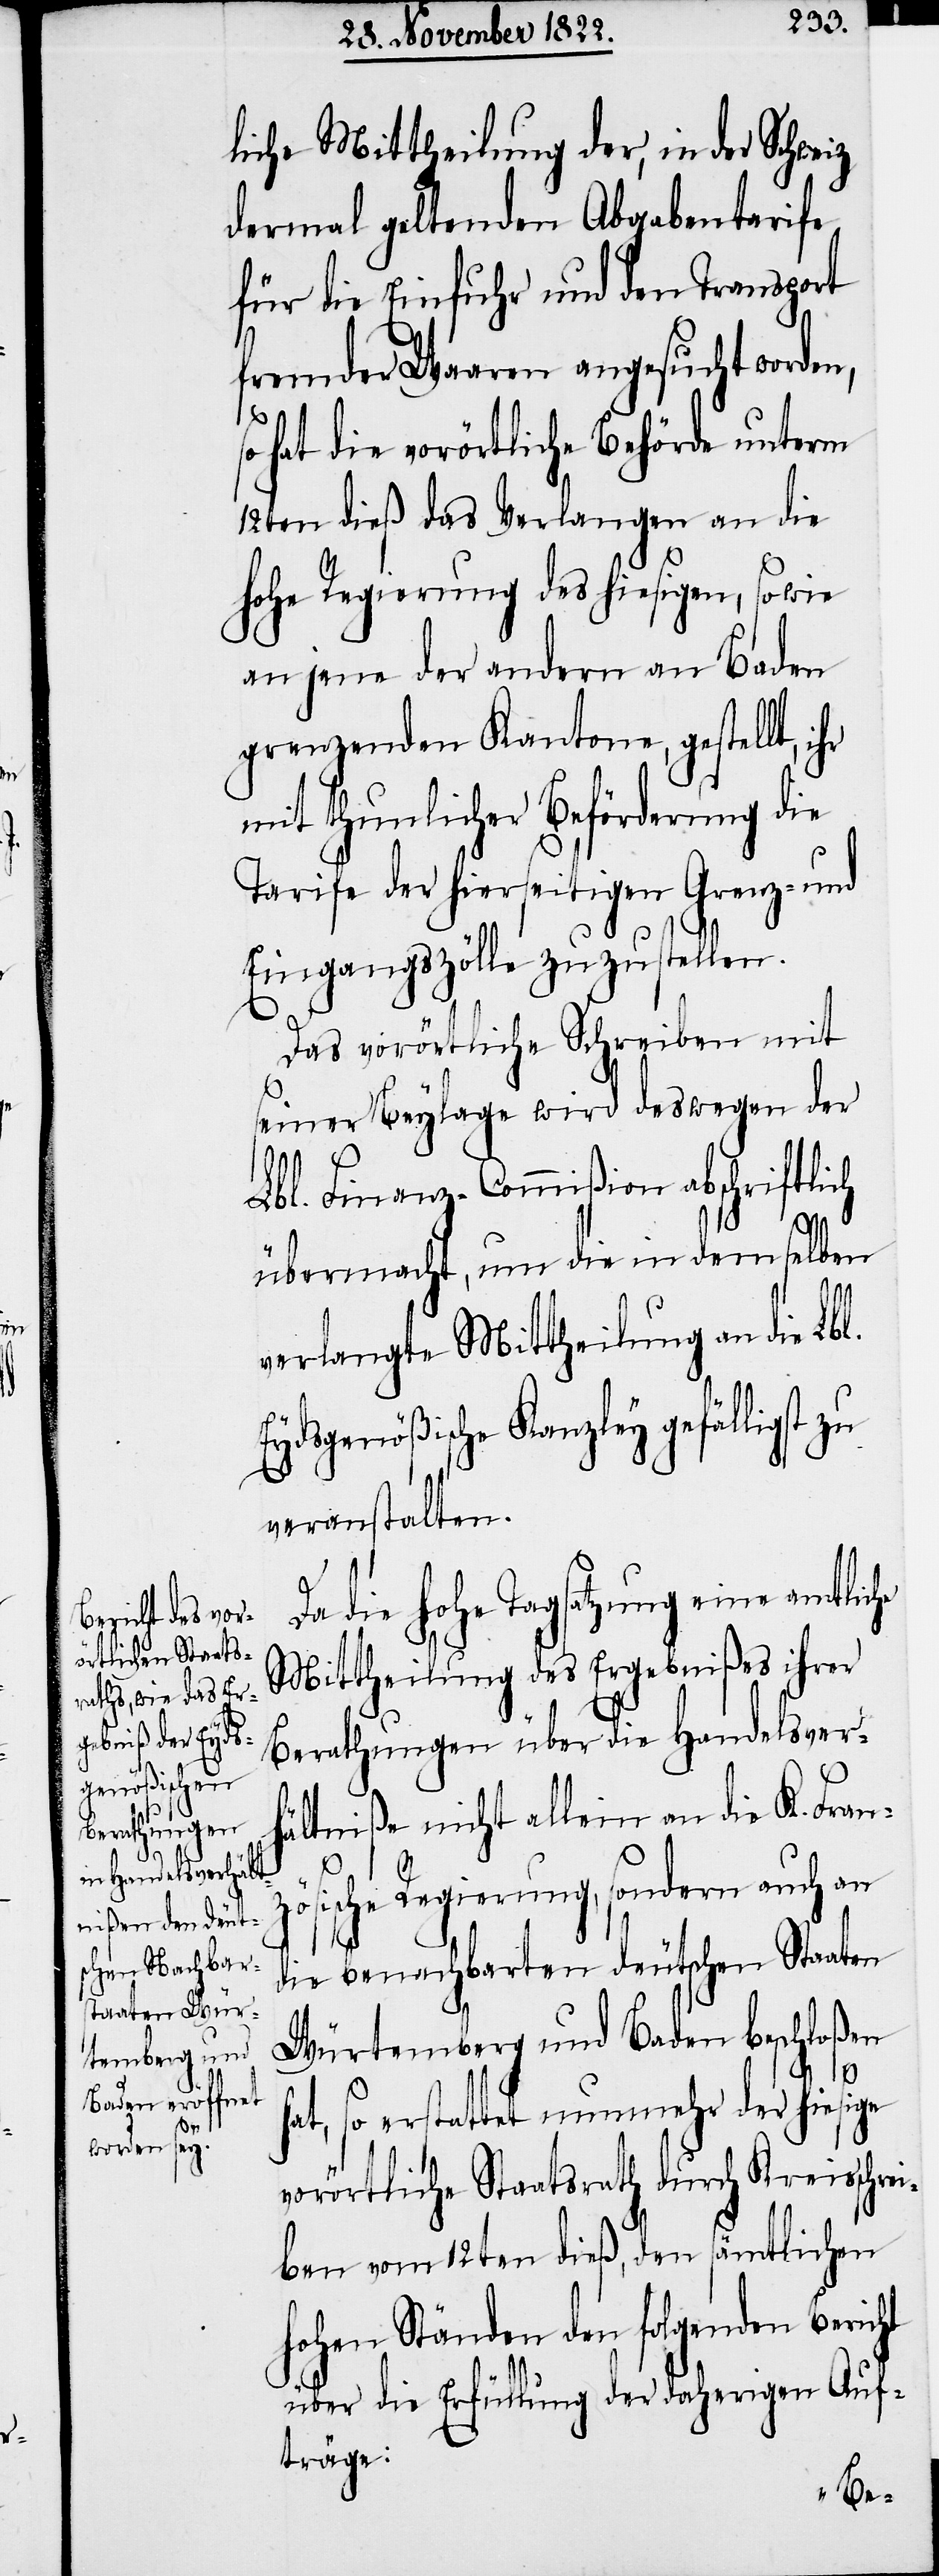
liche Mittheilung der, in der Schweiz
dermal geltenden Abgabetarife
für die Einfuhr und den Transport
fremder Waaren angesucht worden,
so hat die vorörtlich Behörde unterm
12ten dieß das Verlangen an die
hohe Regierung des hiesigen, sowie
an jene der andern an Baden
grenzenden Kantone, gestellt,
mit thunlicher Beförderung die
Tarife der hierseitigen Grenz- und
Eingangszölle zuzustellen.
Das vorörtliche Schreiben mit
seiner Beylage wird deswegen der
Lbl. Finanz-Commißion abschriftlich
übermacht, um die in dem selben
verlangte Mittheilung an die Lbl.
Eydsgenößische Kanzley gefälligst
veranstalten.
Da die hohe Tagsatzung eine amtliche
Mittheilung des Ergebnißes ihrer
Berathungen über die Handelsver¬
hältniße nicht allein an die K. Fran¬
ösische Regierung, sondern auch an
die benachbarten deutschen Staaten
Würtemberg und Baden beschloßen
t, so erstattet nunmehr der hiesige
vorörtliche Staatsrath durch Kreisschrei¬
ben vom 12ten dieß, den sämtlichen
hohen Ständen den folgenden Bericht
über die Erfüllung der daherigen Auf¬
träge:

ha¬